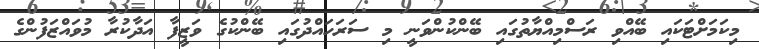
މިކަމަށްޓަކައި ބޭއްވި ރަސްމިއްޔާތުގައި ބޭންކުންވަނީ މި ސަރަހައްދުގައި ބޭންކުގެ ވަޒީފާ އަދާކުރާ މުވައްޒަފުންގެ